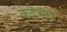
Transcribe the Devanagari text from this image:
कंडेन्सर